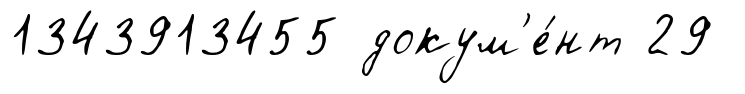
1343913455 докум'е́нт 29